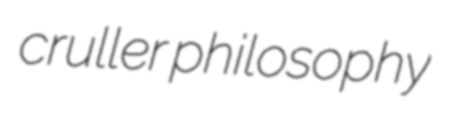
cruller philosophy